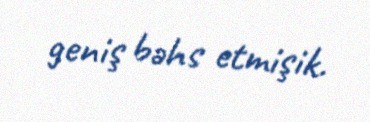
geniş bəhs etmişik.